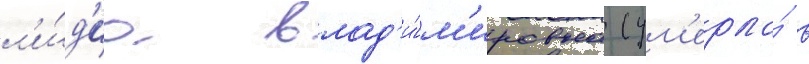
л'и́д'иа влад'и́м'ировна (ум'ерла́ в